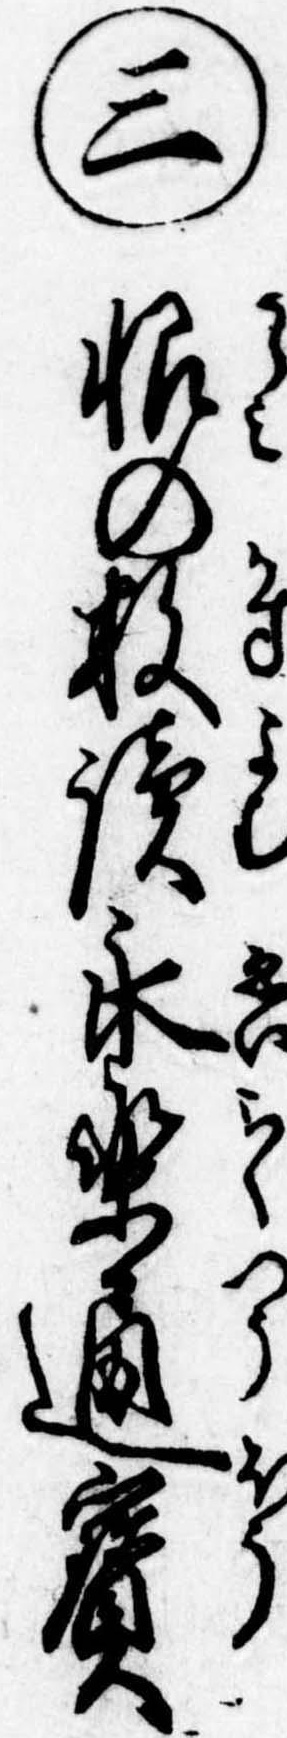
㊂恨の数読永楽通宝